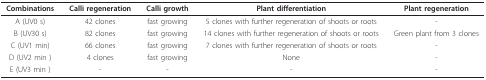
<table><thead><tr><td><b>Combinations</b></td><td><b>Calli regeneration</b></td><td><b>Calli growth</b></td><td><b>Plant differentiation</b></td><td><b>Plant regeneration</b></td></tr></thead><tbody><tr><td>A (UV0 s)</td><td>42 clones</td><td>fast growing</td><td>5 clones with further regeneration of shoots or roots</td><td>-</td></tr><tr><td>B (UV30 s)</td><td>82 clones</td><td>fast growing</td><td>14 clones with further regeneration of shoots or roots</td><td>Green plant from 3 clones</td></tr><tr><td>C (UV1 min)</td><td>66 clones</td><td>fast growing</td><td>7 clones with further regeneration of shoots or roots</td><td>-</td></tr><tr><td>D (UV2 min )</td><td>4 clones</td><td>fast growing</td><td>None</td><td>-</td></tr><tr><td>E (UV3 min )</td><td>-</td><td>-</td><td>-</td><td>-</td></tr></tbody></table>